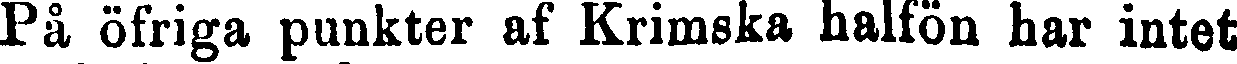
På öfriga punkter af Krimska halfön har intet